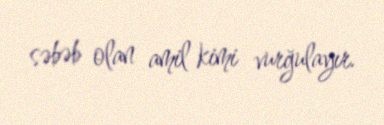
səbəb olan amil kimi vurğulayır.